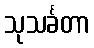
သုသင်္ခတာ